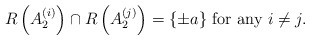
\begin{align*}R\left(A_2^{(i)}\right) \cap R\left(A_2^{(j)}\right) = \{\pm a\} \textrm{ for any }i \neq j.\end{align*}